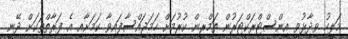
މަލީހު ވިދާޅުވީ އިންސްޓްރަކްޓަރުން ތަމްރީން ކުރުމަށް ހަމަޖައްސާފައިވާ ކަމަށާއި އެ ފަރާތްތަކަށް ދޭނީ